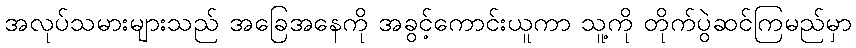
အလုပ်သမားများသည် အခြေအနေကို အခွင့်ကောင်းယူကာ သူ့ကို တိုက်ပွဲဆင်ကြမည်မှာ